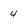
Character: 4